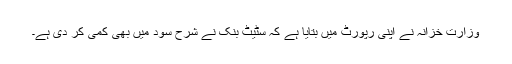
وزارت خزانہ نے اپنی رپورٹ میں بتایا ہے کہ سٹیٹ بنک نے شرح سود میں بھی کمی کر دی ہے۔